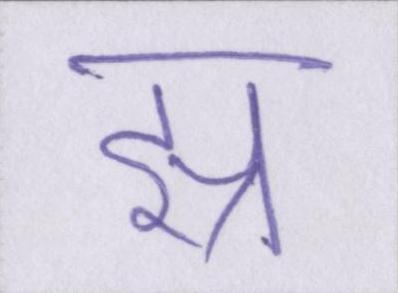
झ्र